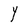
Character: Y